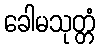
ခေါမသုတ္တံ